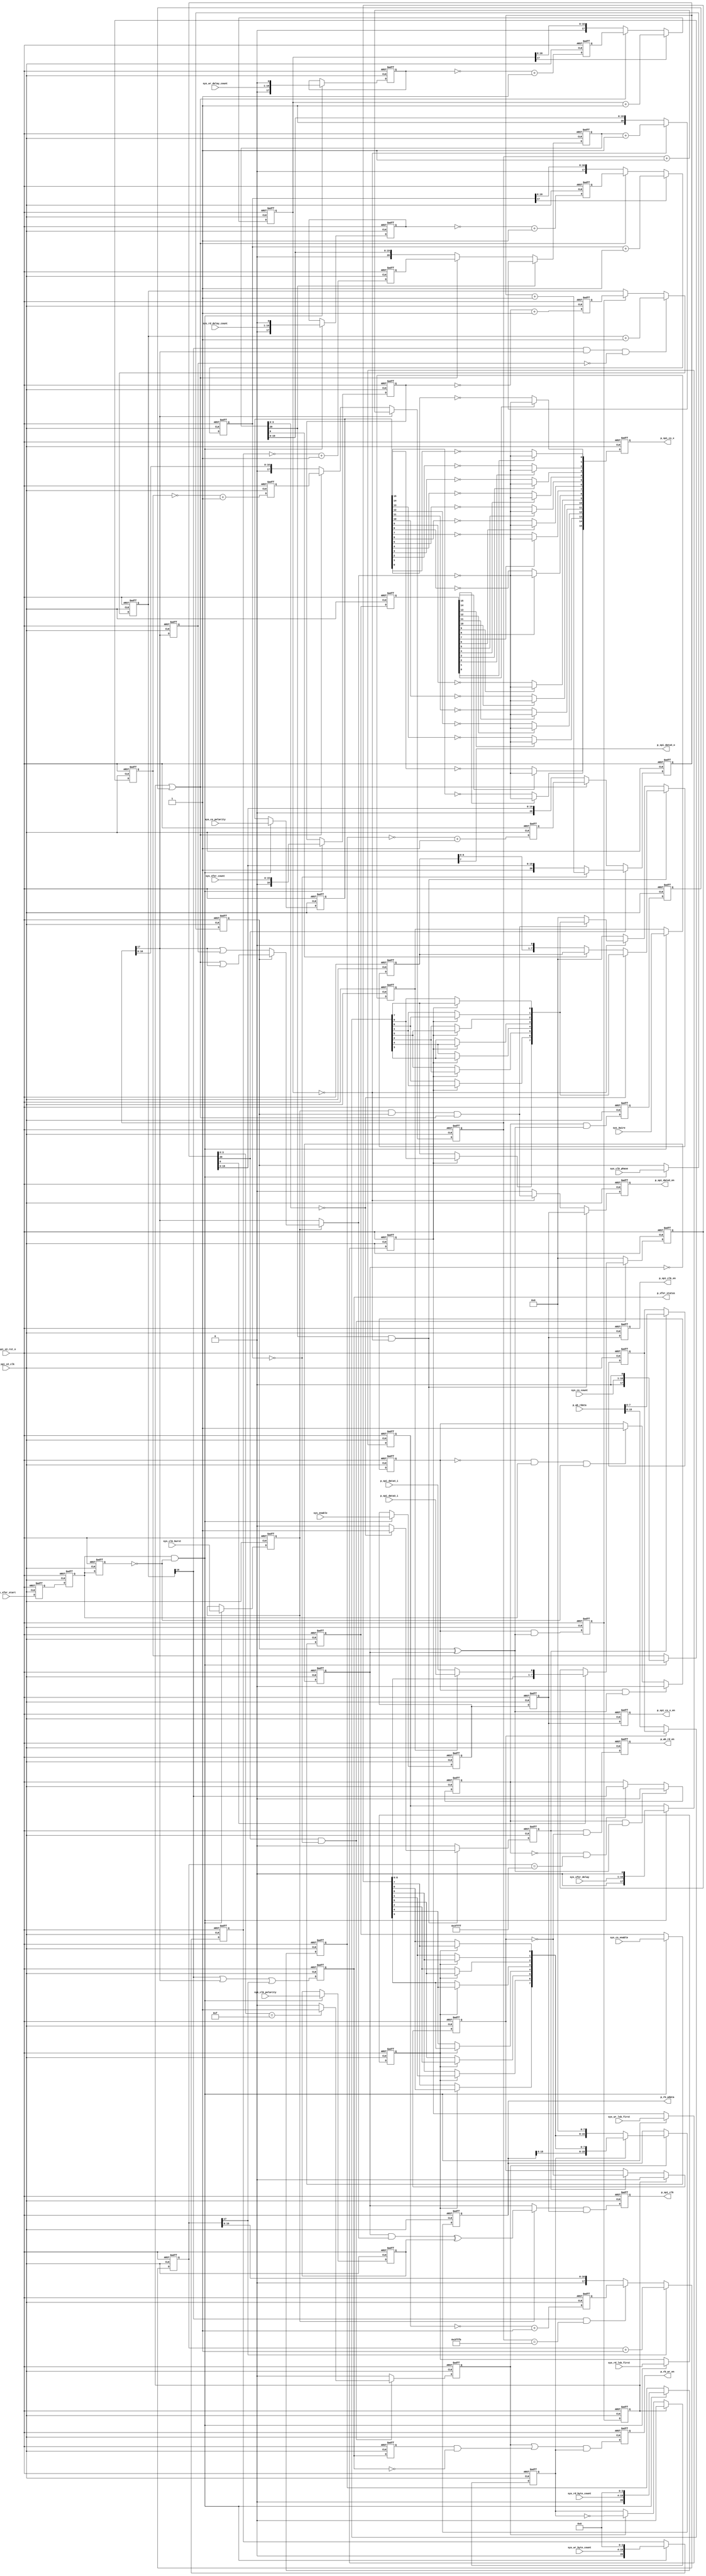
// ***************************************************************************
// ***************************************************************************
// Rejeesh.Kutty@Analog.com (c) Analog Devices Inc.
// ***************************************************************************
// ***************************************************************************
// The peripheral SPI master interface

`timescale 1ns/100ps

module spi_master_logic (

  p_spi_x2_rst_n,
  p_spi_x2_clk,
  p_spi_cs_x_en,
  p_spi_cs_x,
  p_spi_clk_en,
  p_spi_clk,
  p_spi_data3_en,
  p_spi_data3_o,
  p_spi_data3_i,
  p_spi_data4_i,
  p_wb_rd_en,
  p_wb_rdata,
  p_rb_wr_en,
  p_rb_wdata,
  p_xfer_status,

  sys_enable,
  sys_3wire,
  sys_clk_burst,
  sys_clk_phase,
  sys_clk_polarity,
  sys_cs_count,
  sys_cs_enable,
  sys_cs_polarity,
  sys_wr_lsb_first,
  sys_wr_delay_count,
  sys_wr_byte_count,
  sys_rd_lsb_first,
  sys_rd_delay_count,
  sys_rd_byte_count,
  sys_xfer_start,
  sys_xfer_count,
  sys_xfer_delay);

  input           p_spi_x2_rst_n;
  input           p_spi_x2_clk;
  output          p_spi_cs_x_en;
  output  [15:0]  p_spi_cs_x;
  output          p_spi_clk_en;
  output          p_spi_clk;
  output          p_spi_data3_en;
  output          p_spi_data3_o;
  input           p_spi_data3_i;
  input           p_spi_data4_i;
  output          p_wb_rd_en;
  input   [15:0]  p_wb_rdata;
  output          p_rb_wr_en;
  output  [15:0]  p_rb_wdata;
  output          p_xfer_status;

  input           sys_enable;
  input           sys_3wire;
  input           sys_clk_burst;
  input           sys_clk_phase;
  input           sys_clk_polarity;
  input   [15:0]  sys_cs_count;
  input   [15:0]  sys_cs_enable;
  input   [15:0]  sys_cs_polarity;
  input           sys_wr_lsb_first;
  input   [15:0]  sys_wr_delay_count;
  input   [15:0]  sys_wr_byte_count;
  input           sys_rd_lsb_first;
  input   [15:0]  sys_rd_delay_count;
  input   [15:0]  sys_rd_byte_count;
  input           sys_xfer_start;
  input   [15:0]  sys_xfer_count;
  input   [15:0]  sys_xfer_delay;

  reg             spi_clk_toggle;
  reg     [17:0]  spi_cs_count;
  reg             spi_cs_count_17_d;
  reg             p_spi_cs_x_en;
  reg     [15:0]  p_spi_cs_x;
  reg             p_spi_clk_en;
  reg             p_spi_clk;
  reg     [20:0]  spi_wr_byte_count;
  reg     [17:0]  spi_wr_delay_count;
  reg             p_wb_rd_en;
  reg             spi_wb_data_sel;
  reg     [ 7:0]  spi_wb_data_hold;
  reg             spi_wb_rd;
  reg             spi_wr_valid;
  reg     [ 7:0]  spi_wr_data;
  reg     [20:0]  spi_rd_byte_count;
  reg     [17:0]  spi_rd_delay_count;
  reg             spi_rd_valid;
  reg     [ 7:0]  spi_rd_data;
  reg             spi_rb_data_sel;
  reg             p_rb_wr_en;
  reg     [15:0]  p_rb_wdata;
  reg             p_xfer_status;
  reg             p_xfer_status_d;
  reg             spi_xfer_update_p;
  reg             spi_xfer_update;
  reg             spi_m_xfer_update;
  reg     [16:0]  spi_xfer_count;
  reg     [17:0]  spi_xfer_delay;
  reg             spi_xfer_start_m1;
  reg             spi_xfer_start_m2;
  reg             spi_xfer_start_m3;
  reg             spi_xfer_start_p;
  reg             spi_xfer_start;
  reg             spi_p_enable;
  reg             spi_p_3wire;
  reg             spi_p_clk_burst;
  reg             spi_p_clk_phase;
  reg             spi_p_clk_polarity;
  reg     [17:0]  spi_p_cs_count;
  reg     [15:0]  spi_p_cs_enable;
  reg     [15:0]  spi_p_cs_polarity;
  reg             spi_p_wr_lsb_first;
  reg     [17:0]  spi_p_wr_delay_count;
  reg     [20:0]  spi_p_wr_byte_count;
  reg             spi_p_rd_lsb_first;
  reg     [17:0]  spi_p_rd_delay_count;
  reg     [20:0]  spi_p_rd_byte_count;
  reg     [16:0]  spi_p_xfer_count;
  reg     [17:0]  spi_p_xfer_delay;
  reg             spi_m_xfer_start;
  reg             spi_m_enable;
  reg     [17:0]  spi_m_cs_count;
  reg     [15:0]  spi_m_cs_enable;
  reg     [17:0]  spi_m_wr_delay_count;
  reg     [20:0]  spi_m_wr_byte_count;
  reg     [17:0]  spi_m_rd_delay_count;
  reg     [20:0]  spi_m_rd_byte_count;
  reg     [16:0]  spi_m_xfer_count;
  reg     [17:0]  spi_m_xfer_delay;

  wire            spi_load_sel_s;
  wire            spi_load_s;
  wire            spi_cs_burst_phase_0_s;
  wire            spi_cs_burst_phase_1_s;
  wire            spi_cs_burst_s;
  wire            spi_cs_s;
  wire            spi_clk_burst_s;
  wire            spi_clk_s;
  wire            spi_wr_burst_s;
  wire    [ 7:0]  spi_wr_rdata_s;
  wire    [ 7:0]  spi_wr_data_s;
  wire            spi_rd_last_s;
  wire            spi_data_in_s;
  wire    [ 7:0]  spi_rd_data_s;

  // generate the serial clock (divide by 2)

  assign spi_load_sel_s = spi_p_clk_phase ^ spi_clk_toggle;
  assign spi_load_s = spi_m_xfer_start | spi_m_xfer_update;

  always @(negedge p_spi_x2_rst_n or posedge p_spi_x2_clk) begin
    if (p_spi_x2_rst_n == 1'b0) begin
      spi_clk_toggle <= 'd0;
    end else begin
      spi_clk_toggle <= ~spi_clk_toggle;
    end
  end

  // load the chip select count and generate cs

  always @(negedge p_spi_x2_rst_n or posedge p_spi_x2_clk) begin
    if (p_spi_x2_rst_n == 1'b0) begin
      spi_cs_count <= 'd0;
      spi_cs_count_17_d <= 'd0;
    end else begin
      if (spi_cs_count[17] == 1'b1) begin
        spi_cs_count <= spi_cs_count + 1'b1;
      end else if (spi_load_s == 1'b1) begin
        spi_cs_count <= spi_m_cs_count;
      end
      spi_cs_count_17_d <= spi_cs_count[17];
    end
  end

  // cs needs to be activated/deactived half clock cycles extra in burst mode

  assign spi_cs_burst_phase_0_s = spi_cs_count[17] | spi_cs_count_17_d;
  assign spi_cs_burst_phase_1_s = spi_load_s | spi_cs_count[17];
  assign spi_cs_burst_s = (spi_p_clk_phase == 1) ? spi_cs_burst_phase_1_s : spi_cs_burst_phase_0_s;
  assign spi_cs_s = (spi_p_clk_burst == 1) ? spi_cs_burst_s : spi_cs_count[17];

  always @(negedge p_spi_x2_rst_n or posedge p_spi_x2_clk) begin
    if (p_spi_x2_rst_n == 1'b0) begin
      p_spi_cs_x_en <= 'd0;
      p_spi_cs_x <= 'd0;
    end else begin
      p_spi_cs_x_en <= spi_m_enable;
      p_spi_cs_x[15] <= (spi_m_cs_enable[15] == 1'b1) ? ~spi_cs_s : ~spi_p_cs_polarity[15];
      p_spi_cs_x[14] <= (spi_m_cs_enable[14] == 1'b1) ? ~spi_cs_s : ~spi_p_cs_polarity[14];
      p_spi_cs_x[13] <= (spi_m_cs_enable[13] == 1'b1) ? ~spi_cs_s : ~spi_p_cs_polarity[13];
      p_spi_cs_x[12] <= (spi_m_cs_enable[12] == 1'b1) ? ~spi_cs_s : ~spi_p_cs_polarity[12];
      p_spi_cs_x[11] <= (spi_m_cs_enable[11] == 1'b1) ? ~spi_cs_s : ~spi_p_cs_polarity[11];
      p_spi_cs_x[10] <= (spi_m_cs_enable[10] == 1'b1) ? ~spi_cs_s : ~spi_p_cs_polarity[10];
      p_spi_cs_x[ 9] <= (spi_m_cs_enable[ 9] == 1'b1) ? ~spi_cs_s : ~spi_p_cs_polarity[ 9];
      p_spi_cs_x[ 8] <= (spi_m_cs_enable[ 8] == 1'b1) ? ~spi_cs_s : ~spi_p_cs_polarity[ 8];
      p_spi_cs_x[ 7] <= (spi_m_cs_enable[ 7] == 1'b1) ? ~spi_cs_s : ~spi_p_cs_polarity[ 7];
      p_spi_cs_x[ 6] <= (spi_m_cs_enable[ 6] == 1'b1) ? ~spi_cs_s : ~spi_p_cs_polarity[ 6];
      p_spi_cs_x[ 5] <= (spi_m_cs_enable[ 5] == 1'b1) ? ~spi_cs_s : ~spi_p_cs_polarity[ 5];
      p_spi_cs_x[ 4] <= (spi_m_cs_enable[ 4] == 1'b1) ? ~spi_cs_s : ~spi_p_cs_polarity[ 4];
      p_spi_cs_x[ 3] <= (spi_m_cs_enable[ 3] == 1'b1) ? ~spi_cs_s : ~spi_p_cs_polarity[ 3];
      p_spi_cs_x[ 2] <= (spi_m_cs_enable[ 2] == 1'b1) ? ~spi_cs_s : ~spi_p_cs_polarity[ 2];
      p_spi_cs_x[ 1] <= (spi_m_cs_enable[ 1] == 1'b1) ? ~spi_cs_s : ~spi_p_cs_polarity[ 1];
      p_spi_cs_x[ 0] <= (spi_m_cs_enable[ 0] == 1'b1) ? ~spi_cs_s : ~spi_p_cs_polarity[ 0];
    end
  end

  // clock output

  assign spi_clk_burst_s = (spi_clk_toggle & spi_cs_s) ^ spi_p_clk_polarity;
  assign spi_clk_s = (spi_p_clk_burst == 1) ? spi_clk_burst_s : spi_clk_toggle;

  always @(negedge p_spi_x2_rst_n or posedge p_spi_x2_clk) begin
    if (p_spi_x2_rst_n == 1'b0) begin
      p_spi_clk_en <= 'd0;
      p_spi_clk <= 'd0;
    end else begin
      p_spi_clk_en <= spi_m_enable;
      p_spi_clk <= spi_clk_s & spi_m_enable;
    end
  end

  // outgoing spi data counters

  always @(negedge p_spi_x2_rst_n or posedge p_spi_x2_clk) begin
    if (p_spi_x2_rst_n == 1'b0) begin
      spi_wr_byte_count <= 'd0;
      spi_wr_delay_count <= 'd0;
    end else begin
      if (spi_wr_byte_count[20] == 1'b1) begin
        if (spi_wr_delay_count == 0) begin
          spi_wr_byte_count <= spi_wr_byte_count + 1'b1;
        end
      end else begin
        if (spi_load_s == 1'b1) begin
          spi_wr_byte_count <= spi_m_wr_byte_count;
        end
      end
      if (spi_wr_delay_count[17] == 1'b1) begin
        spi_wr_delay_count <= spi_wr_delay_count + 1'b1;
      end else begin
        if (spi_load_s == 1'b1) begin
          spi_wr_delay_count <= spi_m_wr_delay_count;
        end
      end
    end
  end

  // spi write buffer read data select (16bit)

  always @(negedge p_spi_x2_rst_n or posedge p_spi_x2_clk) begin
    if (p_spi_x2_rst_n == 1'b0) begin
      p_wb_rd_en <= 'd0;
      spi_wb_data_sel <= 'd0;
      spi_wb_data_hold <= 'd0;
    end else begin
      p_wb_rd_en <= spi_wb_rd & (~spi_wb_data_sel);
      if (spi_m_xfer_start == 1'b1) begin
        spi_wb_data_sel <= 1'b0;
      end else if (spi_wb_rd == 1'b1) begin
        spi_wb_data_sel <= ~spi_wb_data_sel;
      end
      if (spi_wb_rd == 1'b1) begin
        spi_wb_data_hold <= p_wb_rdata[7:0];
      end
    end
  end

  // outgoing spi data signals

  assign spi_wr_burst_s = spi_p_clk_burst & spi_p_clk_phase & spi_load_s;
  assign spi_wr_rdata_s = (spi_wb_data_sel == 1) ? spi_wb_data_hold : p_wb_rdata[15:8];

  assign spi_wr_data_s = {
    ((spi_p_wr_lsb_first == 1'b1) ? spi_wr_rdata_s[0] : spi_wr_rdata_s[7]),
    ((spi_p_wr_lsb_first == 1'b1) ? spi_wr_rdata_s[1] : spi_wr_rdata_s[6]),
    ((spi_p_wr_lsb_first == 1'b1) ? spi_wr_rdata_s[2] : spi_wr_rdata_s[5]),
    ((spi_p_wr_lsb_first == 1'b1) ? spi_wr_rdata_s[3] : spi_wr_rdata_s[4]),
    ((spi_p_wr_lsb_first == 1'b1) ? spi_wr_rdata_s[4] : spi_wr_rdata_s[3]),
    ((spi_p_wr_lsb_first == 1'b1) ? spi_wr_rdata_s[5] : spi_wr_rdata_s[2]),
    ((spi_p_wr_lsb_first == 1'b1) ? spi_wr_rdata_s[6] : spi_wr_rdata_s[1]),
    ((spi_p_wr_lsb_first == 1'b1) ? spi_wr_rdata_s[7] : spi_wr_rdata_s[0])};

  always @(negedge p_spi_x2_rst_n or posedge p_spi_x2_clk) begin
    if (p_spi_x2_rst_n == 1'b0) begin
      spi_wb_rd <= 'd0;
      spi_wr_valid <= 'd0;
      spi_wr_data <= 'd0;
    end else begin
      if ((spi_wr_byte_count[20] == 1'b1) && (spi_wr_delay_count == 0)) begin
        spi_wb_rd <= (spi_wr_byte_count[3:0] == 0) ? 1'b1 : 1'b0;
        spi_wr_valid <= spi_m_enable;
        if (spi_wr_byte_count[3:0] == 0) begin
          spi_wr_data <= spi_wr_data_s;
        end else if (spi_wr_byte_count[0] == 1'b0) begin
          spi_wr_data <= {spi_wr_data[6:0], 1'b0};
        end
      end else begin
        spi_wb_rd <= 1'b0;
        if (spi_wr_delay_count == 0) begin
          spi_wr_valid <= spi_wr_burst_s;
          spi_wr_data <= (spi_wr_burst_s == 1'b1) ? spi_wr_data_s : 8'd0;
        end else begin
          spi_wr_valid <= 1'b0;
          spi_wr_data <= 8'd0;
        end
      end
    end
  end

  assign p_spi_data3_en = spi_wr_valid;
  assign p_spi_data3_o = spi_wr_data[7];

  // incoming spi data counters

  always @(negedge p_spi_x2_rst_n or posedge p_spi_x2_clk) begin
    if (p_spi_x2_rst_n == 1'b0) begin
      spi_rd_byte_count <= 'd0;
      spi_rd_delay_count <= 'd0;
    end else begin
      if (spi_rd_byte_count[20] == 1'b1) begin
        if (spi_rd_delay_count == 0) begin
          spi_rd_byte_count <= spi_rd_byte_count + 1'b1;
        end
      end else begin
        if (spi_load_s == 1'b1) begin
          spi_rd_byte_count <= spi_m_rd_byte_count;
        end
      end
      if (spi_rd_delay_count[17] == 1'b1) begin
        spi_rd_delay_count <= spi_rd_delay_count + 1'b1;
      end else begin
        if (spi_load_s == 1'b1) begin
          spi_rd_delay_count <= spi_m_rd_delay_count;
        end
      end
    end
  end

  // incoming spi data signals

  assign spi_rd_last_s = p_xfer_status_d & (~p_xfer_status);
  assign spi_data_in_s = (spi_p_3wire == 1) ? p_spi_data3_i : p_spi_data4_i;
  assign spi_rd_data_s = {
    ((spi_p_rd_lsb_first == 1'b1) ? spi_rd_data[0] : spi_rd_data[7]),
    ((spi_p_rd_lsb_first == 1'b1) ? spi_rd_data[1] : spi_rd_data[6]),
    ((spi_p_rd_lsb_first == 1'b1) ? spi_rd_data[2] : spi_rd_data[5]),
    ((spi_p_rd_lsb_first == 1'b1) ? spi_rd_data[3] : spi_rd_data[4]),
    ((spi_p_rd_lsb_first == 1'b1) ? spi_rd_data[4] : spi_rd_data[3]),
    ((spi_p_rd_lsb_first == 1'b1) ? spi_rd_data[5] : spi_rd_data[2]),
    ((spi_p_rd_lsb_first == 1'b1) ? spi_rd_data[6] : spi_rd_data[1]),
    ((spi_p_rd_lsb_first == 1'b1) ? spi_rd_data[7] : spi_rd_data[0])};

  always @(negedge p_spi_x2_rst_n or posedge p_spi_x2_clk) begin
    if (p_spi_x2_rst_n == 1'b0) begin
      spi_rd_valid <= 'd0;
      spi_rd_data <= 'd0;
    end else begin
      if ((spi_rd_byte_count[20] == 1'b1) && (spi_rd_delay_count == 0)) begin
        spi_rd_valid <= (spi_rd_byte_count[3:0] == 4'hf) ? 1'b1 : 1'b0;
        if (spi_rd_byte_count[0] == 1'b1) begin
          spi_rd_data <= {spi_rd_data[6:0], spi_data_in_s};
        end
      end else begin
        spi_rd_valid <= 1'b0;
        spi_rd_data <= 8'd0;
      end
    end
  end

  // spi write data 

  always @(negedge p_spi_x2_rst_n or posedge p_spi_x2_clk) begin
    if (p_spi_x2_rst_n == 1'b0) begin
      spi_rb_data_sel <= 1'b0;
      p_rb_wr_en <= 'd0;
      p_rb_wdata <= 'd0;
    end else begin
      if (spi_m_xfer_start == 1'b1) begin
        spi_rb_data_sel <= 1'b0;
      end else if (spi_rd_valid == 1'b1) begin
        spi_rb_data_sel <= ~spi_rb_data_sel;
      end
      p_rb_wr_en <= (spi_rd_valid | spi_rd_last_s) & spi_rb_data_sel;
      if (spi_rd_valid == 1'b1) begin
        if (spi_rb_data_sel == 1'b0) begin
          p_rb_wdata <= {spi_rd_data_s, 8'd0};
        end else begin
          p_rb_wdata <= {p_rb_wdata[15:8], spi_rd_data_s};
        end
      end
    end
  end

  // xfer management, xfer is initiated with the request

  always @(negedge p_spi_x2_rst_n or posedge p_spi_x2_clk) begin
    if (p_spi_x2_rst_n == 1'b0) begin
      p_xfer_status <= 'd0;
      p_xfer_status_d <= 'd0;
      spi_xfer_update_p <= 'd0;
      spi_xfer_update <= 'd0;
      spi_m_xfer_update <= 'd0;
      spi_xfer_count <= 'd0;
      spi_xfer_delay <= 'd0;
    end else begin
      p_xfer_status <= spi_xfer_count[16] | spi_cs_count[17] | spi_xfer_delay[17];
      p_xfer_status_d <= p_xfer_status;
      if ((spi_xfer_update_p == 1'b1) && (spi_load_sel_s == 1'b1)) begin
        spi_xfer_update_p <= 1'b0;
      end else if ((spi_xfer_update_p == 1'b0) && (spi_xfer_delay == 18'h3ffff)) begin
        spi_xfer_update_p <= spi_xfer_count[16];
      end
      spi_xfer_update <= spi_xfer_update_p & spi_load_sel_s;
      spi_m_xfer_update <= spi_xfer_update;
      if ((spi_xfer_count[16] == 1'b1) && (spi_cs_count[17] == 1'b1) &&
        (spi_cs_count_17_d == 1'b0)) begin
        spi_xfer_count <= spi_xfer_count + 1'b1;
      end else if (spi_xfer_start == 1'b1) begin
        spi_xfer_count <= spi_m_xfer_count;
      end
      if (spi_xfer_delay[17] == 1'b1) begin
        spi_xfer_delay <= spi_xfer_delay + 1'b1;
      end else begin
        if ((spi_xfer_count[16] == 1'b1) && (spi_cs_count == 18'h3fffb)) begin
          spi_xfer_delay <= spi_m_xfer_delay;
        end
      end
    end
  end

  // register all the parameters to the spi clock domain

  always @(negedge p_spi_x2_rst_n or posedge p_spi_x2_clk) begin
    if (p_spi_x2_rst_n == 1'b0) begin
      spi_xfer_start_m1 <= 'd0;
      spi_xfer_start_m2 <= 'd0;
      spi_xfer_start_m3 <= 'd0;
      spi_xfer_start_p <= 'd0;
      spi_xfer_start <= 'd0;
      spi_p_enable <= 'd0;
      spi_p_3wire <= 'd0;
      spi_p_clk_burst <= 'd0;
      spi_p_clk_phase <= 'd0;
      spi_p_clk_polarity <= 'd0;
      spi_p_cs_count <= 'd0;
      spi_p_cs_enable <= 'd0;
      spi_p_cs_polarity <= 'd0;
      spi_p_wr_lsb_first <= 'd0;
      spi_p_wr_delay_count <= 'd0;
      spi_p_wr_byte_count <= 'd0;
      spi_p_rd_lsb_first <= 'd0;
      spi_p_rd_delay_count <= 'd0;
      spi_p_rd_byte_count <= 'd0;
      spi_p_xfer_count <= 'd0;
      spi_p_xfer_delay <= 'd0;
      spi_m_xfer_start <= 'd0;
      spi_m_enable <= 'd0;
      spi_m_cs_count <= 'd0;
      spi_m_cs_enable <= 'd0;
      spi_m_wr_delay_count <= 'd0;
      spi_m_wr_byte_count <= 'd0;
      spi_m_rd_delay_count <= 'd0;
      spi_m_rd_byte_count <= 'd0;
      spi_m_xfer_count <= 'd0;
      spi_m_xfer_delay <= 'd0;
    end else begin
      spi_xfer_start_m1 <= sys_xfer_start;
      spi_xfer_start_m2 <= spi_xfer_start_m1;
      spi_xfer_start_m3 <= spi_xfer_start_m2;
      if ((spi_xfer_start_p == 1'b1) && (spi_load_sel_s == 1'b1)) begin
        spi_xfer_start_p <= 1'b0;
      end else if ((spi_xfer_start_p == 1'b0) && (spi_xfer_start_m2 == 1'b1) &&
        (spi_xfer_start_m3 == 1'b0)) begin
        spi_xfer_start_p <= 1'b1;
      end
      spi_xfer_start <= spi_xfer_start_p & spi_load_sel_s;
      if ((spi_xfer_start_m2 == 1'b1) && (spi_xfer_start_m3 == 1'b0)) begin
        spi_p_enable <= sys_enable;
        spi_p_3wire <= sys_3wire;
        spi_p_clk_burst <= sys_clk_burst;
        spi_p_clk_phase <= sys_clk_phase;
        spi_p_clk_polarity <= sys_clk_polarity;
        spi_p_cs_count <= {1'b0, sys_cs_count, 1'b0};
        spi_p_cs_enable <= sys_cs_enable;
        spi_p_cs_polarity <= sys_cs_polarity;
        spi_p_wr_lsb_first <= sys_wr_lsb_first;
        spi_p_wr_delay_count <= {1'b0, sys_wr_delay_count, 1'b0};
        spi_p_wr_byte_count <= {1'b0, sys_wr_byte_count, 4'b0000};
        spi_p_rd_lsb_first <= sys_rd_lsb_first;
        spi_p_rd_delay_count <= {1'b0, sys_rd_delay_count, 1'b0};
        spi_p_rd_byte_count <= {1'b0, sys_rd_byte_count, 4'b0000};
        spi_p_xfer_count <= {1'b0, sys_xfer_count};
        spi_p_xfer_delay <= {1'b0, sys_xfer_delay, 1'b0};
      end
      spi_m_xfer_start <= spi_xfer_start;
      spi_m_enable <= spi_p_enable;
      spi_m_cs_count <= ~spi_p_cs_count + 1'b1;
      spi_m_cs_enable <= spi_p_cs_enable;
      spi_m_wr_delay_count <= ~spi_p_wr_delay_count + 1'b1;
      spi_m_wr_byte_count <= ~spi_p_wr_byte_count + 1'b1;
      spi_m_rd_delay_count <= ~spi_p_rd_delay_count + 1'b1;
      spi_m_rd_byte_count <= ~spi_p_rd_byte_count + 1'b1;
      spi_m_xfer_count <= ~spi_p_xfer_count + 1'b1;
      spi_m_xfer_delay <= ~spi_p_xfer_delay + 1'b1;
    end
  end

endmodule

// ***************************************************************************
// ***************************************************************************